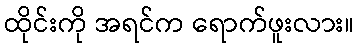
ထိုင်းကို အရင်က ရောက်ဖူးလား။